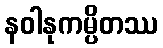
နဝါနုကမ္ပိတဿ